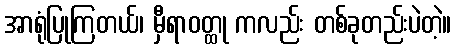
အာရုံပြုကြတယ်၊ မှီရာဝတ္ထု ကလည်း တစ်ခုတည်းပဲတဲ့။